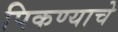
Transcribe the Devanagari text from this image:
पिकण्याचे